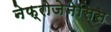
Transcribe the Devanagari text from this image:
नेफ्रोजेनेसिस